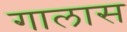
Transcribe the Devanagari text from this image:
गालास